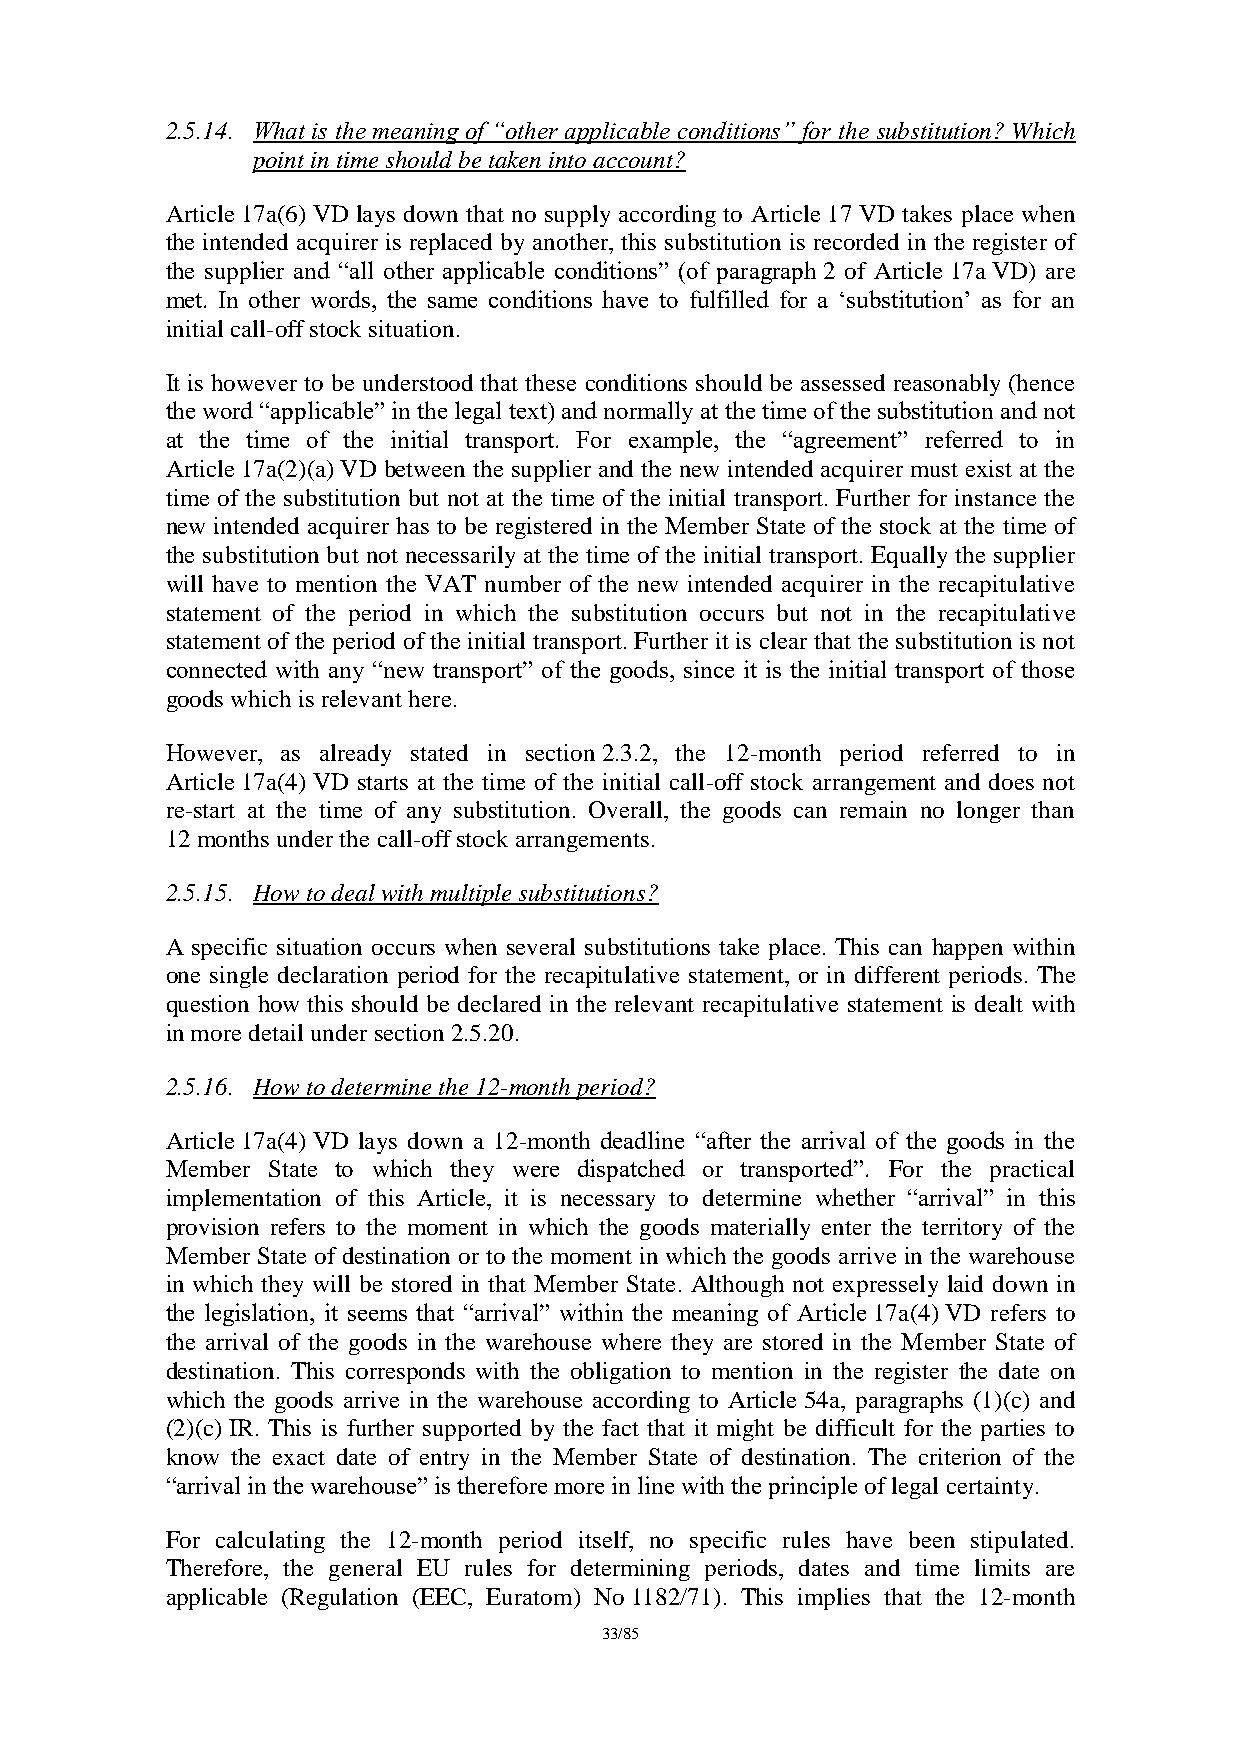
2.5.14. What is the meaning of “other applicable conditions” for the substitution? Which
 point in time should be taken into account?
 Article 17a(6) VD lays down that no supply according to Article 17 VD takes place when
 the intended acquirer is replaced by another, this substitution is recorded in the register of
 the supplier and “all other applicable conditions” (of paragraph 2 of Article 17a VD) are
 met. In other words, the same conditions have to fulfilled for a ‘substitution’ as for an
 initial call-off stock situation.
 It is however to be understood that these conditions should be assessed reasonably (hence
 the word “applicable” in the legal text) and normally at the time of the substitution and not
 at the time of the initial transport. For example, the “agreement” referred to in
 Article 17a(2)(a) VD between the supplier and the new intended acquirer must exist at the
 time of the substitution but not at the time of the initial transport. Further for instance the
 new intended acquirer has to be registered in the Member State of the stock at the time of
 the substitution but not necessarily at the time of the initial transport. Equally the supplier
 will have to mention the VAT number of the new intended acquirer in the recapitulative
 statement of the period in which the substitution occurs but not in the recapitulative
 statement of the period of the initial transport. Further it is clear that the substitution is not
 connected with any “new transport” of the goods, since it is the initial transport of those
 goods which is relevant here.
 However, as already stated in section 2.3.2, the 12-month period referred to in
 Article 17a(4) VD starts at the time of the initial call-off stock arrangement and does not
 re-start at the time of any substitution. Overall, the goods can remain no longer than
 12 months under the call-off stock arrangements.
 2.5.15. How to deal with multiple substitutions?
 A specific situation occurs when several substitutions take place. This can happen within
 one single declaration period for the recapitulative statement, or in different periods. The
 question how this should be declared in the relevant recapitulative statement is dealt with
 in more detail under section 2.5.20.
 2.5.16. How to determine the 12-month period?
 Article 17a(4) VD lays down a 12-month deadline “after the arrival of the goods in the
 Member State to which they were dispatched or transported”. For the practical
 implementation of this Article, it is necessary to determine whether “arrival” in this
 provision refers to the moment in which the goods materially enter the territory of the
 Member State of destination or to the moment in which the goods arrive in the warehouse
 in which they will be stored in that Member State. Although not expressely laid down in
 the legislation, it seems that “arrival” within the meaning of Article 17a(4) VD refers to
 the arrival of the goods in the warehouse where they are stored in the Member State of
 destination. This corresponds with the obligation to mention in the register the date on
 which the goods arrive in the warehouse according to Article 54a, paragraphs (1)(c) and
 (2)(c) IR. This is further supported by the fact that it might be difficult for the parties to
 know the exact date of entry in the Member State of destination. The criterion of the
 “arrival in the warehouse” is therefore more in line with the principle of legal certainty.
 For calculating the 12-month period itself, no specific rules have been stipulated.
 Therefore, the general EU rules for determining periods, dates and time limits are
 applicable (Regulation (EEC, Euratom) No 1182/71). This implies that the 12-month
 33/85